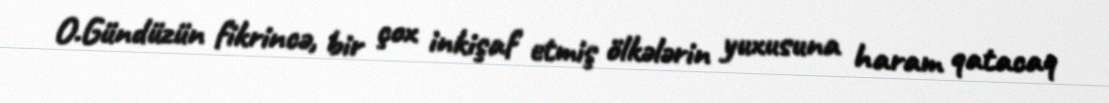
O.Gündüzün fikrincə, bir çox inkişaf etmiş ölkələrin yuxusuna haram qatacaq